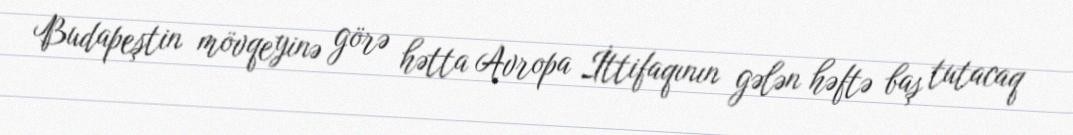
Budapeştin mövqeyinə görə hətta Avropa İttifaqının gələn həftə baş tutacaq